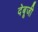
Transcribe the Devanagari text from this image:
देबूजी